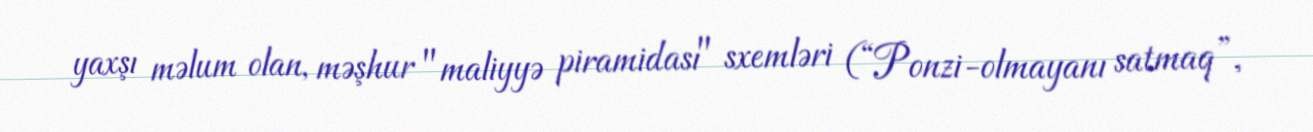
yaxşı məlum olan, məşhur "maliyyə piramidası" sxemləri (“Ponzi-olmayanı satmaq”,